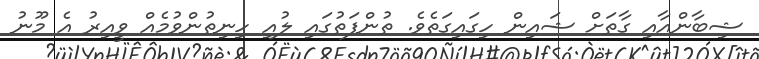
ޝިބާންއާއި ގާތަށް ޝައިން ހިގައިގަތެވެ. ތުންފަތުގައި ލުއި ހިނިތުންވުމެއް ވީއިރު އެ މޫނު